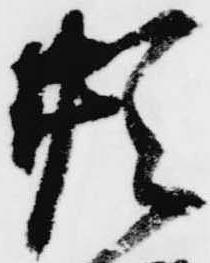
形